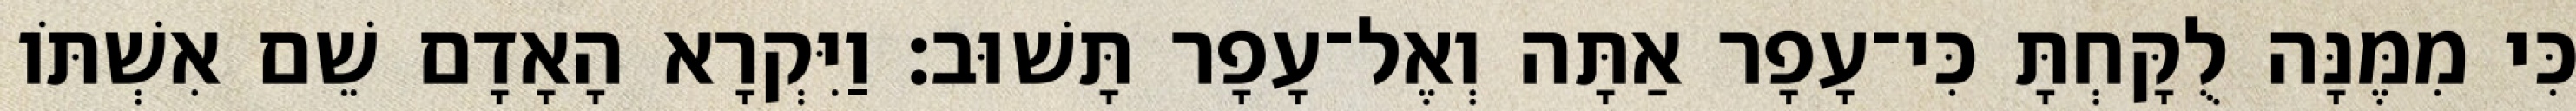
כִּי מִמֶּנָּה לֻקָּחְתָּ כִּי־עָפָר אַתָּה וְאֶל־עָפָר תָּשׁוּב׃ וַיִּקְרָא הָאָדָם שֵׁם אִשְׁתֹּו